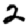
Digit: 2